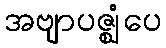
အဗျာပဇ္ဈံပေ